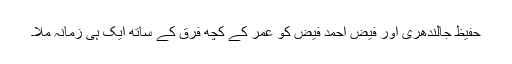
حفیظ جالندھری اور فیض احمد فیض کو عمر کے کچھ فرق کے ساتھ ایک ہی زمانہ ملا۔